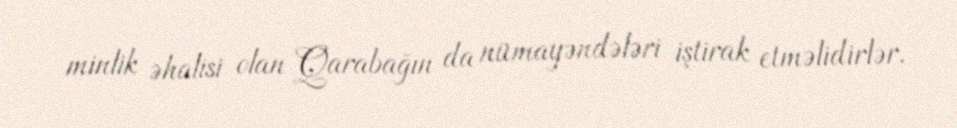
minlik əhalisi olan Qarabağın da nümayəndələri iştirak etməlidirlər.